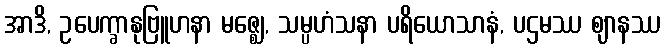
အာဒိ, ဥပေက္ခာနုဗြူဟနာ မဇ္ဈေ, သမ္ပဟံသနာ ပရိယောသာနံ, ပဌမဿ ဈာနဿ